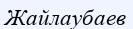
Жайлаубаев